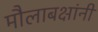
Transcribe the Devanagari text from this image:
मौलाबक्षांनी